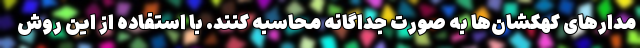
مدارهای کهکشان‌ها به صورت جداگانه محاسبه کنند. با استفاده از این روش